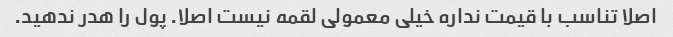
اصلا تناسب با قیمت نداره خیلی معمولی لقمه نیست اصلا. پول را هدر ندهید.